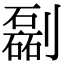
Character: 㔏